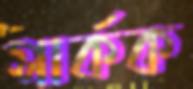
সার্কক